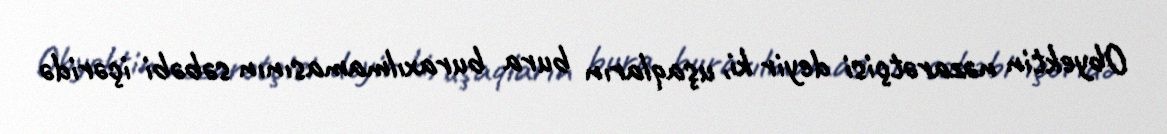
Obyektin nəzarətçisi deyir ki, uşaqların bura buraxılmamasının səbəbi içəridə